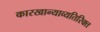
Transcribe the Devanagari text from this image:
कारखान्याव्यतिरिक्त